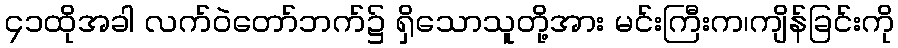
၄၁ထိုအခါ လက်ဝဲတော်ဘက်၌ ရှိသောသူတို့အား မင်းကြီးက၊ကျိန်ခြင်းကို